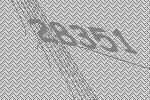
28351